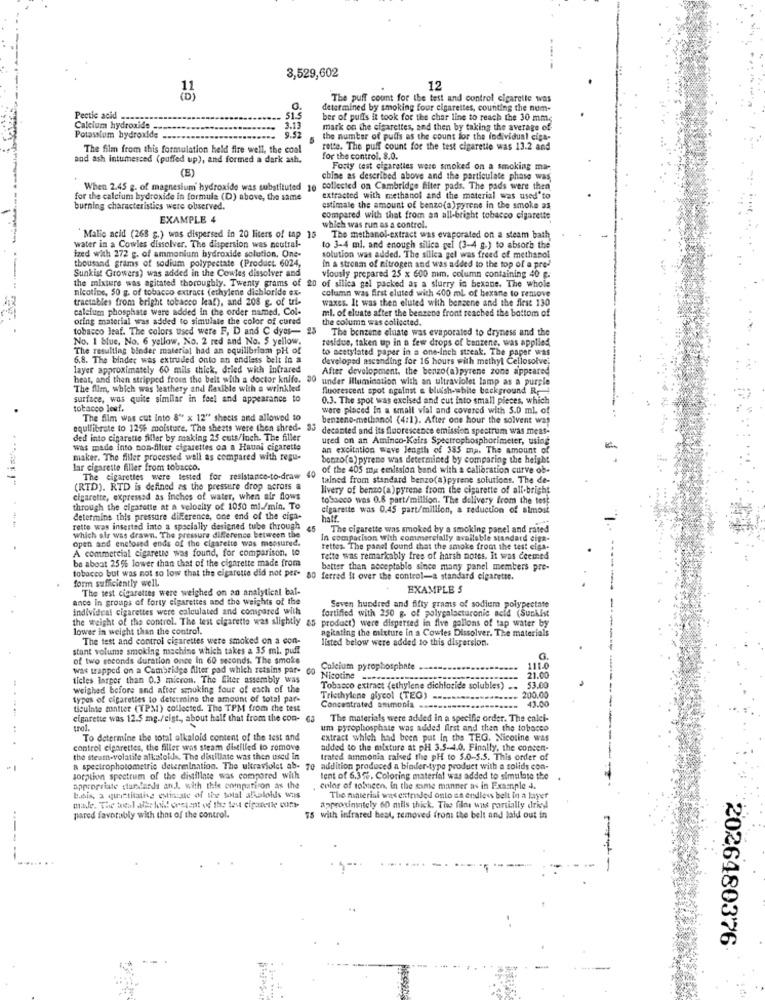
3,529,602
12
The puff count for the test and control cigarelle was
determined by smoking four cigarettes, counting the num-
Pectic acid
ber of puffs it took for the char line to reach the 30 mm.
Calcium hydroxide
3.13
mark on the cigarettes, and then by taking the average of
Potassium hydroxide
9.52
the number of pulls as the count for the individual cipa-
The film from this formulation held fire well, the coal
rette. The puff count for the test cigarette was 13.2 and
and ash intumesced (puffed up), and formed a dark ash.
for the control, 8.0.
(E)
Forty test cigarettes were smoked on a smoking ma-
chine as described above and the particulate phase was
When 2.45 g. of magnesium hydroxide was substituted 10 collected on Cambridge filter pads. The pads were then
for the calcium hydroxide in formula (D) above, the same
extracted with methanol and the material was used"to
burning characteristics were observed.
estimate the amount of benzo(a)pyrene in the smoke as
EXAMPLE 4
compared with that from an all-bright tobacco cigarette
which was run as a control.
Malic acid (268 g.) was dispersed in 20 liters of tap 15
The methanol-extract was evaporated on a steam bath
water in a Cowles dissolver. The dispersion was neutral-
ized with 272 g. of ammonium hydroxide solution. One-
to 3-4 mi. and enough silica gel (3-4 g.) to absorb the
thousand grams of sodium polypectate (Product. 6024,
solution was added. The silica gel was freed of methanol
Sunkist Growers) was added in the Cowles dissolver and
In a stronm of nitrogen and was added to the top of a pre-'
the mixture was agitated thoroughly. Twenty grams of 20 of silica gel packed as a slurry in bexane. The whole
viously prepared 25 x 600 mm. column containing 40 g.
nicotine, 50 g. of tobacco extract (ethylene dichloride ex-
column was first eluted with 400 ml of hexane to remove
traetables from bright tobacco kaf), and 208 g. of uri-
waxes. It was then eluted with benzene and the first 130
calcium phosphate were added in the order named, Col-
ml. of eluate after the benzene front reached the bottom of
oring material was added to simulate the color of cured
the column was collected.
tobacco leaf. The colors used were F, D and C dyes- 25
The benzene eluate was evaporated to dryness and the
No. 1 blue, No. 6 yellow, No. 2 red and No. S yellow.
residue, taken up in a few drops of benzene, was applied
The resulting binder material had an equilibriam pH of
to acetylated paper in a one-inch streak. The paper was
6.8. The binder was extruded onto an endless belt in a
developed ascending for 16 hours with methyl Cellosolve;
layer approximately 60 mils thick, dried with infrared
After development. the benzo(a)pyrene zone appeared
heat, and then stripped from the belt with a doctor knife. 30 under illumination with an ultraviolet lamp as a purple
The flim, which was lesthery and Rexible with a wrinkled
fluorescent spot against & bluish-white background R. 4
surface, was quite similar in feel and appearance to
0.3. The spot was excised and cut into small pieces, which
tobacco lesf.
were placed In a small vial and covered with 5.0 ml. of
.
The film was cut Into 8" x 12" sheets and allowed to
benzeno-methanol (4:1). After one hour the solvent was
equilibrate to 1256 moisture. The sheets were then shred- 33
decanted and its fluorescence emission spectrum was meas-
ded into cigarette filler by making 25 cuts/inch. The filler
ured on an Aminco-Keirs Spectrophosphorimeter, using
was made into non-filter cigarettes ca a Haual cigarette
an excitation wave length of 385 ma. The amount of
maker. The filler processed well as compared with regu-
benzo(a) pyrene was determined by comparing the height
lar cigarette filler from tobacco.
40
of the 405 mar emission band with a calibration curve ob-
The cigarettes were tested for resistance-to-draw
tained from standard benzo(a) pyrene solutions. The de-
(RED). RTD is defined as the pressure drop across a
livery of benzo(a) pyrene from the cigarette of all-bright
cigarette, expressed as inches of water, when air flows
tobacco was 0.8 part/million. The delivery from the test
through the cigarette at a velocity of 1050 ml./min. To
cigarette was 0.45 part/million, a reduction of almost
determine this pressure diFerence, one end of the ciga-
rette was inserted into a specially designed tube through
45 The cigarette was smoked by a smoking panel and rated
which air was drawn. The pressure difference between the
open and enclosed ends of the cigarette was measured.
In comparison with commercially available standard ciga-
A commercial cigarette was found, for comparison, to
rettes. The panel found that the smoke from the test ciga-
be about 25% lower than that of the cigarette made from
Telte was remarkably free of harsh notes, It was Ceemed
better than acceptable since many panel members pre-
tobacco but was not so low that the cigarette did not per- 80 ferred It over the control-a standard cigarette.
form sufficiently well.
The test cigarettes were weighed on an analytical bal-
EXAMPLE S
ance in groups of forty cigarettes and the weights of the
individual cigarettes were calculated and compared with
fortified with 250 g. of polygalacturonic acid (Sunkist
Seven hundred and fifty grams of sodium polypectate
the weight of the control. The test cigarette was slightly as product) were dispersed in five gallons of tap water by
lower in weight than the control.
product) were dispersed in five gallons of tap water by
agitating the mixture in a Cowles Dissolver. The materials
The test and control cigarettes were smoked on a con-
listed below were added to this dispersion.
stant volume smoking machine which takes a 35 ml. puff
of two seconds duration once In 60 seconds. The smoke
Calcium pyrophosphate
111.0
21.00
was trapped on a Cambridge filter pad which retsins par- co Nicotine ...
ticles larger than 0.3 miccon. The fiter assembly was
53.00
weighed before and after smoking four of each of the
Tobacco extract (ethylene dichloride solubles) ...
200.00
types of cigarettes to determine the amount of total par-
Tricthylene glycol (TEG)
43.00
ticulate matter (TPM1) collected. The TPM from the test
Concentrated ammonia
cigarette was 12.5 mg./eigt ., about half that from the con- 63
The materials were added in a specific order. The calci-
trol.
um pyrophosphate was added first and then the tobacco
To determine the total alkaloid content of the test and
extract which had been put in the TEG. Nicotine was
control cigarettes, the filler was steam distilled to remove
added to the mixture at pH 3.5-4.0. Finally, the concen-
the stearn-volatile alkaloids, The distillate was then used in
trated ammonia raised the pH to 5.0-5.5. This order of
& spectrophotometric determination. The ultraviolet ab- 70 audition produces a binder-type product with a solids con-
sorption spectrum of the distillate was compared with
tent of 6.3%. Coloring material was added to simulate the
appropriate standards anJ. with the comparison as the
color of tobacen. In the same manner as in Example 4.
basis, a quietitating estimate of the total alkaloids wils
The material was extended onto sa endless belt in a layer
mile. "The total alle loid! content of the tes cigarette com-
approxinintely 60 mils thick. The films was partially drie
pared favorably with that of the control.
75 with infrared heat, removed from the belt and laid out in
2026480376